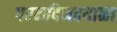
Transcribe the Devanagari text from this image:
परमदिनदयाळा